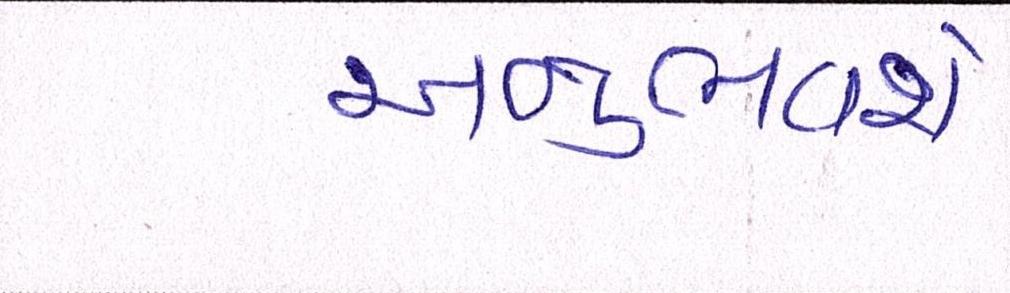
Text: અનુભવશે